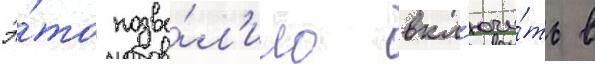
Э́то позво́л'ило вкл'ючи́ть в